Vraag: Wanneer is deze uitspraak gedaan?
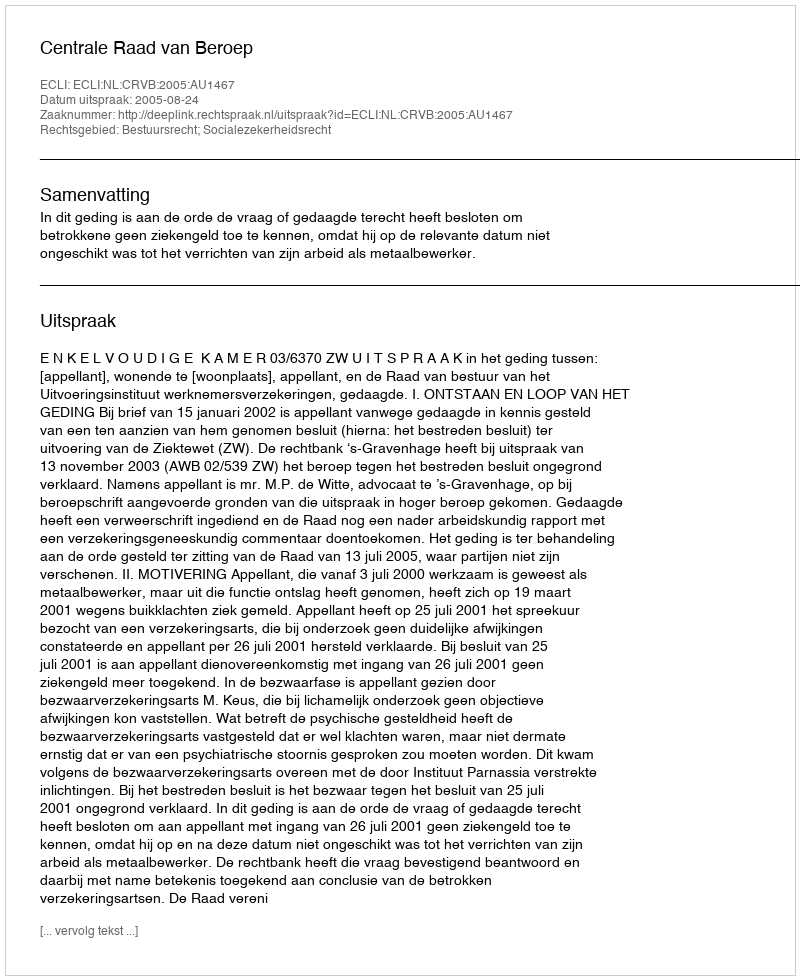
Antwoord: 2005-08-24